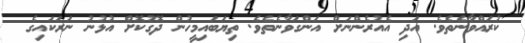
ކުރައްވާނެތެވެ. އަދި އެއުރެންނަށް އަންގަވާނެތެވެ. ތިޔަބައިމީހުން ދޮގުކޮށް އުޅުނު ނަރަކައިގެ